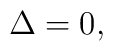
\Delta=0                             ,